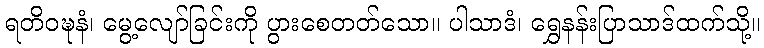
ရတိဝဍ္ဎနံ၊ မွေ့လျော်ခြင်းကို ပွားစေတတ်သော။ ပါသာဒံ၊ ရွှေနန်းပြာသာဒ်ထက်သို့။